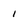
Character: 1